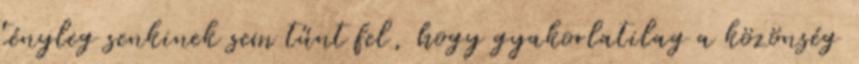
tényleg senkinek sem tűnt fel, hogy gyakorlatilag a közönség